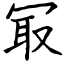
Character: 冣